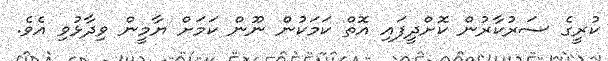
ކުރީގެ ސަރުކާރުން ކޮށްދީފައި އޮތް ކަމަކުން ނޫން ކަމަށް ޔާމީން ވިދާޅުވި އެވެ.